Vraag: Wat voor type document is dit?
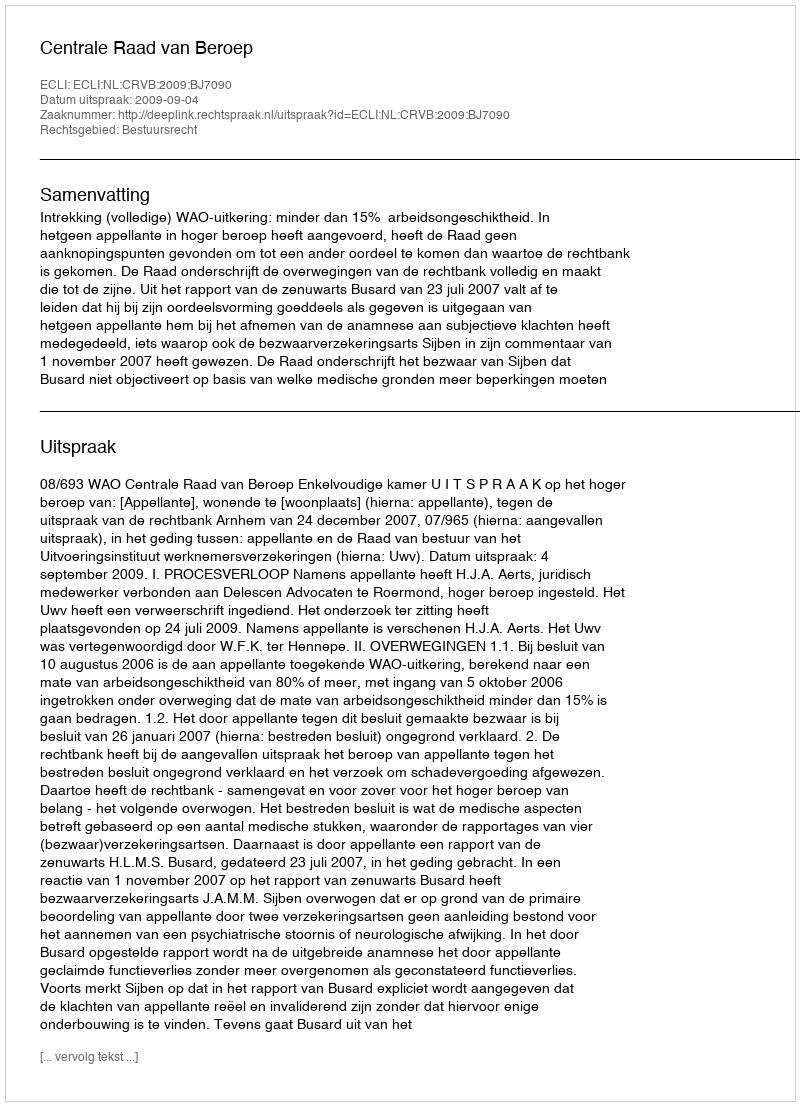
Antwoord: Uitspraak